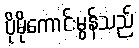
ပိုမိုကောင်းမွန်သည်